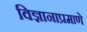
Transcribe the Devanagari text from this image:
विज्ञानाप्रमाणे